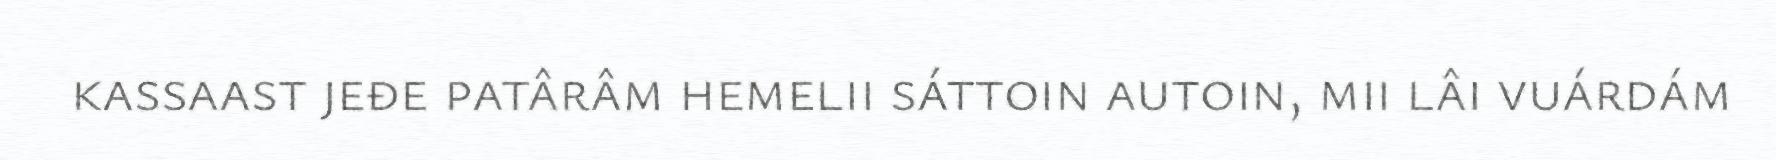
kassaast jeđe patârâm hemelii sáttoin autoin, mii lâi vuárdám